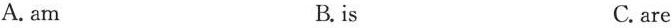
A. am B. is C. are